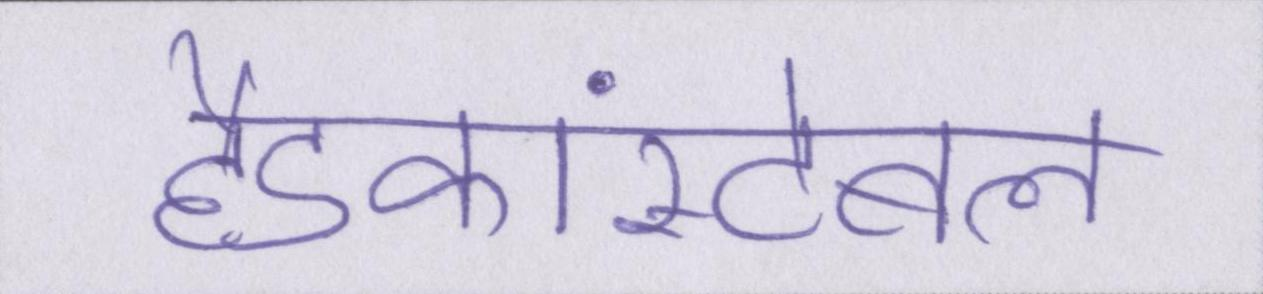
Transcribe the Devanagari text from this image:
हैडकांस्टेबल